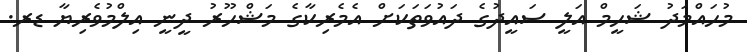
މުހައްމަދު ޝަހީމް އަލީ ސައީދުގެ ދައުވަތަކަށް އެމެރިކާގެ މަޝްހޫރު ދީނީ އިލްމުވެރިޔާ ޑރ.